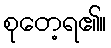
စုတေ့ရ၏။